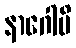
နာဂေါပိ